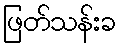
ဖြတ်သန်းခ